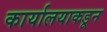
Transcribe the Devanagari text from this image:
कार्यालयाकडून